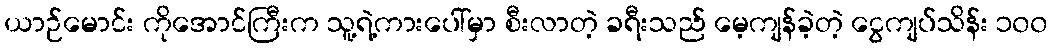
ယာဉ်မောင်း ကိုအောင်ကြီးက သူ့ရဲ့ကားပေါ်မှာ စီးလာတဲ့ ခရီးသည် မေ့ကျန်ခဲ့တဲ့ ငွေကျပ်သိန်း ၁၀၀